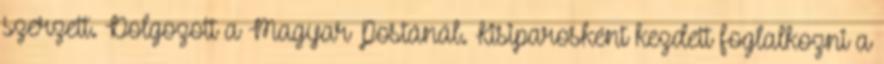
szerzett. Dolgozott a Magyar Postánál. Kisiparosként kezdett foglalkozni a